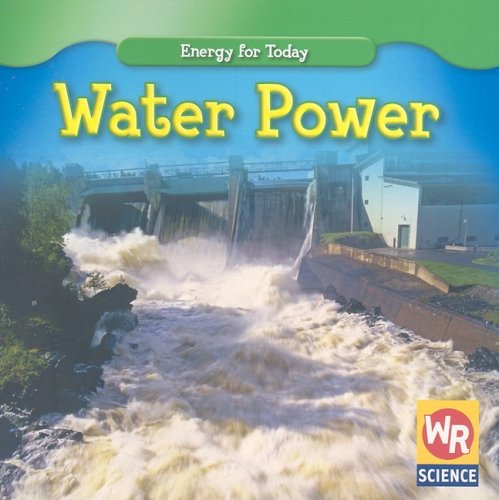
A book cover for Water Power (Energy for Today); Tea Benduhn; Children's Books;